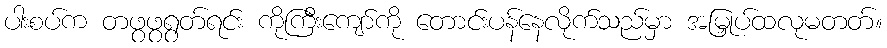
ပါးစပ်က တဖွဖွရွတ်ရင်း ကိုကြီးကျော်ကို တောင်းပန်နေလိုက်သည်မှာ အမြှုပ်ထလုမတတ်။